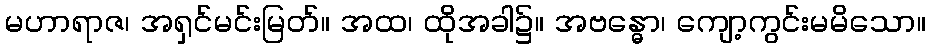
မဟာရာဇ၊ အရှင်မင်းမြတ်။ အထ၊ ထိုအခါ၌။ အဗန္ဓော၊ ကျော့ကွင်းမမိသော။